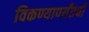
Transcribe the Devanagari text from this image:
विकण्यापर्यंतची